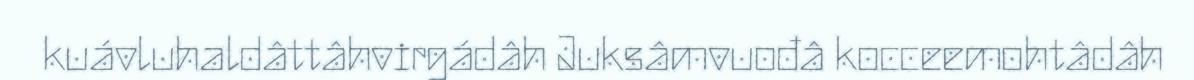
kuávluhaldâttâhvirgádâh Juksâmvuođâ kocceemohtâdâh